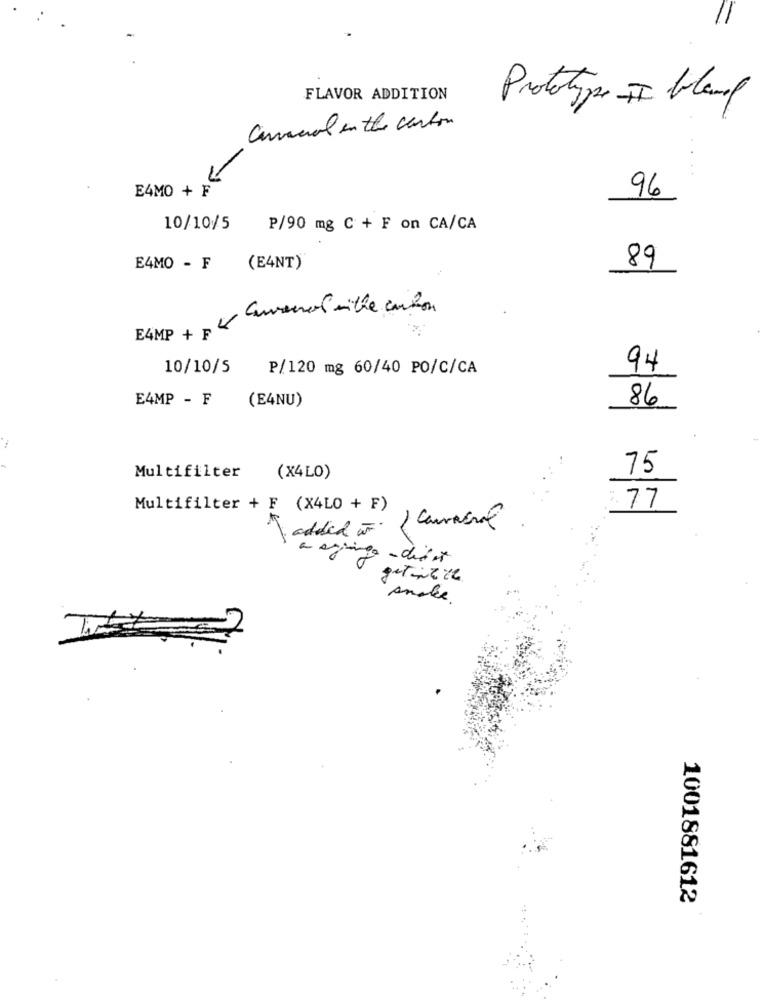
FLAVOR ADDITION
Prototype II bleuf
Cancal in the canton
E4MO + F
96
10/10/5
P/90 mg C + F on CA/CA
89
E4MO - F
(E4NT)
EAMP
10/10/5
P/120 mg 60/40 PO/C/CA
94
E4MP - F
86
(E4NU)
-
75
Multifilter
(X4LO)
:. 77
Multifilter + F (X4LO + F)
Caracol
o added w
a spinga - didier
Andke.
1001881612